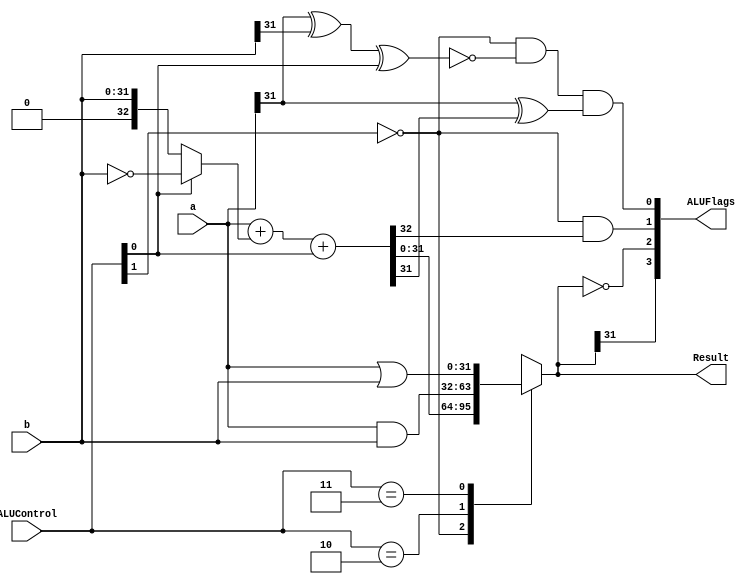
module alu ( input [31:0] a,b,
             input [1:0] ALUControl,
             output reg [31:0] Result, //assign always block
             output wire [3:0] ALUFlags); //explicit wire for assign with {}
  
  wire negative, zero, carry, overflow; // define wire for each flag (n,z,c,v)
  wire [32:0] sum;
  
  
  assign sum = a + (ALUControl[0]? ~b: b) + ALUControl[0]; //ADDER: two's complement
  
  /*
  ALUControl Logic
  00: sum
  01: sub
  10: and
  11: or
  */
  always @(*)
    casex (ALUControl[1:0]) //case, casex, casez
      2'b0?: Result = sum;
      2'b10: Result = a & b;
      2'b11: Result = a | b;
		//modificar aqui, El ALUControl deberia tener 3 bits
    endcase
  
 //flags: result -> negative, zero
  assign negative = Result[31];
  assign zero = (Result == 32'b0);
  //flags: additional logic -> v, c
  assign carry = (ALUControl[1]==1'b0) & sum[32];
  assign overflow = (ALUControl[1]==1'b0) & ~(a[31] ^ b[31] ^ ALUControl[0]) & (a[31] ^ sum[31]);

  assign ALUFlags = {negative, zero, carry, overflow};

endmodule